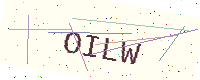
Text: OILW